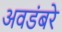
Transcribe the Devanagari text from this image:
अवडंबरे